Calcutta medical institutions reports 1871-78
Year: 1871
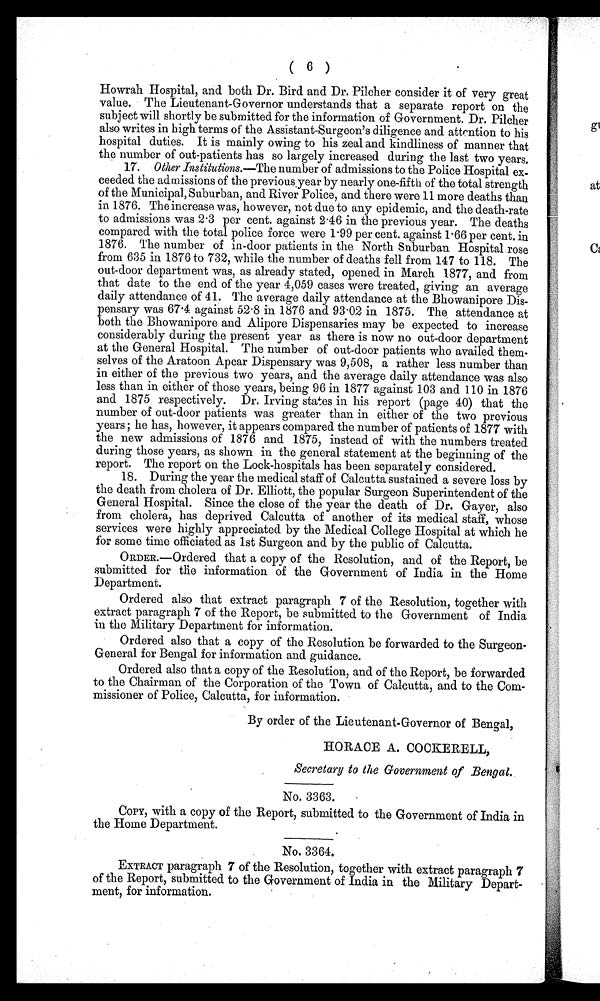
( 6 )
Howrah Hospital, and both Dr. Bird and Dr. Pilcher consider it of very great
value. The Lieutenant-Governor understands that a separate report on the
subject will shortly be submitted for the information of Government. Dr. Pilcher
also writes in high terms of the Assistant-Surgeon's diligence and attentions to his
hospital duties. It is mainly owing to his zeal and kindliness of manner that
the number of out-patients has so largely increased during the last two years.
17. Other Institutions.—The number of admissions to the Police Hospital ex
-ceeded the admissions of the previous year by nearly one-fifth of the total strength
of the Municipal, Suburban, and River Police, and there were 11 more deaths than
in 1876. The increase was, however, not due to any epidemic, and the death-rate
to admissions was 2.3 per cent. against 2.46 in the previous year. The deaths
compared with the total police force were 1.99 per cent. against 1.66 per cent. in
1876. The number of in-door patients in the North Suburban Hospital rose
from 635 in 1876 to 732, while the number of deaths fell from 147 to 118. The
out-door department was, as already stated, opened in March 1877, and from
that date to the end of the year 4,059 cases were treated, giving an average
daily attendance of 41. The average daily attendance at the Bhowanipore Dis-
pensary was 67.4 against 52.8 in 1876 and 93.02 in 1875. The attendance at
both the Bhowanipore and Alipore Dispensaries may be expected to increase
considerably during the present year as there is now no out-door department
at the General Hospital. The number of out-door patients who availed them-
selves of the Aratoon Apear Dispensary was 9,508, a rather less number than
in either of the previous two years, and the average daily attendance was also
less than in either of those years, being 96 in 1877 against 103 and 110 in 1876
and 1875 respectively. Dr. Irving states in his report (page 40) that the
number of out-door patients was greater than in either of the two previous
y e a r s ; h e h a s , h o w e v e r , i t a p p e a r s c o m p a r e d t h e n u m b e r o f p a t i e n t s o f 1 8 7 7 w i t h
the new admissions of 1876 and 1875, instead of with the numbers treated
during those years, as shown in the general statement at the beginning of the
report. The report on the Lock-hospitals has been separately considered.
18. During the year the medical staff of Calcutta sustained a severe loss by
the death from cholera of Dr. Elliott, the popular Surgeon Superintendent of the
General Hospital. Since the close of the year the death of Dr. Gayer, also
from cholera, has deprived Calcutta of another of its medical staff, whose
services were highly appreciated by the Medical College Hospital at which he
for some time officiated as 1st Surgeon and by the public of Calcutta.
ORDER.—Ordered that a copy of the Resolution, and of the Report, be
submitted for the information of the Government of India in the Home
Department.
Ordered also that extract paragraph 7 of the Resolution, together with
extract paragraph 7 of the Report, be submitted to the Government of India
in the Military Department for information.
Ordered also that a copy of the Resolution be forwarded to the Surgeon-
General for Bengal for information and guidance.
Ordered also that a copy of the Resolution, and of the Report, be forwarded
to the Chairman of the Corporation of the Town of Calcutta, and to the Com-
missioner of Police, Calcutta, for information.
By order of the Lieutenant-Governor of Bengal,
HORACE A. COCKERELL,
Secretary to the Government of Bengal.
No. 3363.
COPY, with a copy of the Report, submitted to the Government of India in
the Home Department.
No. 3364.
EXTRACT paragraph 7 of the Resolution, together with extract paragraph 7
of the Report, submitted to the Government of India in the Military Depart-
ment, for information.